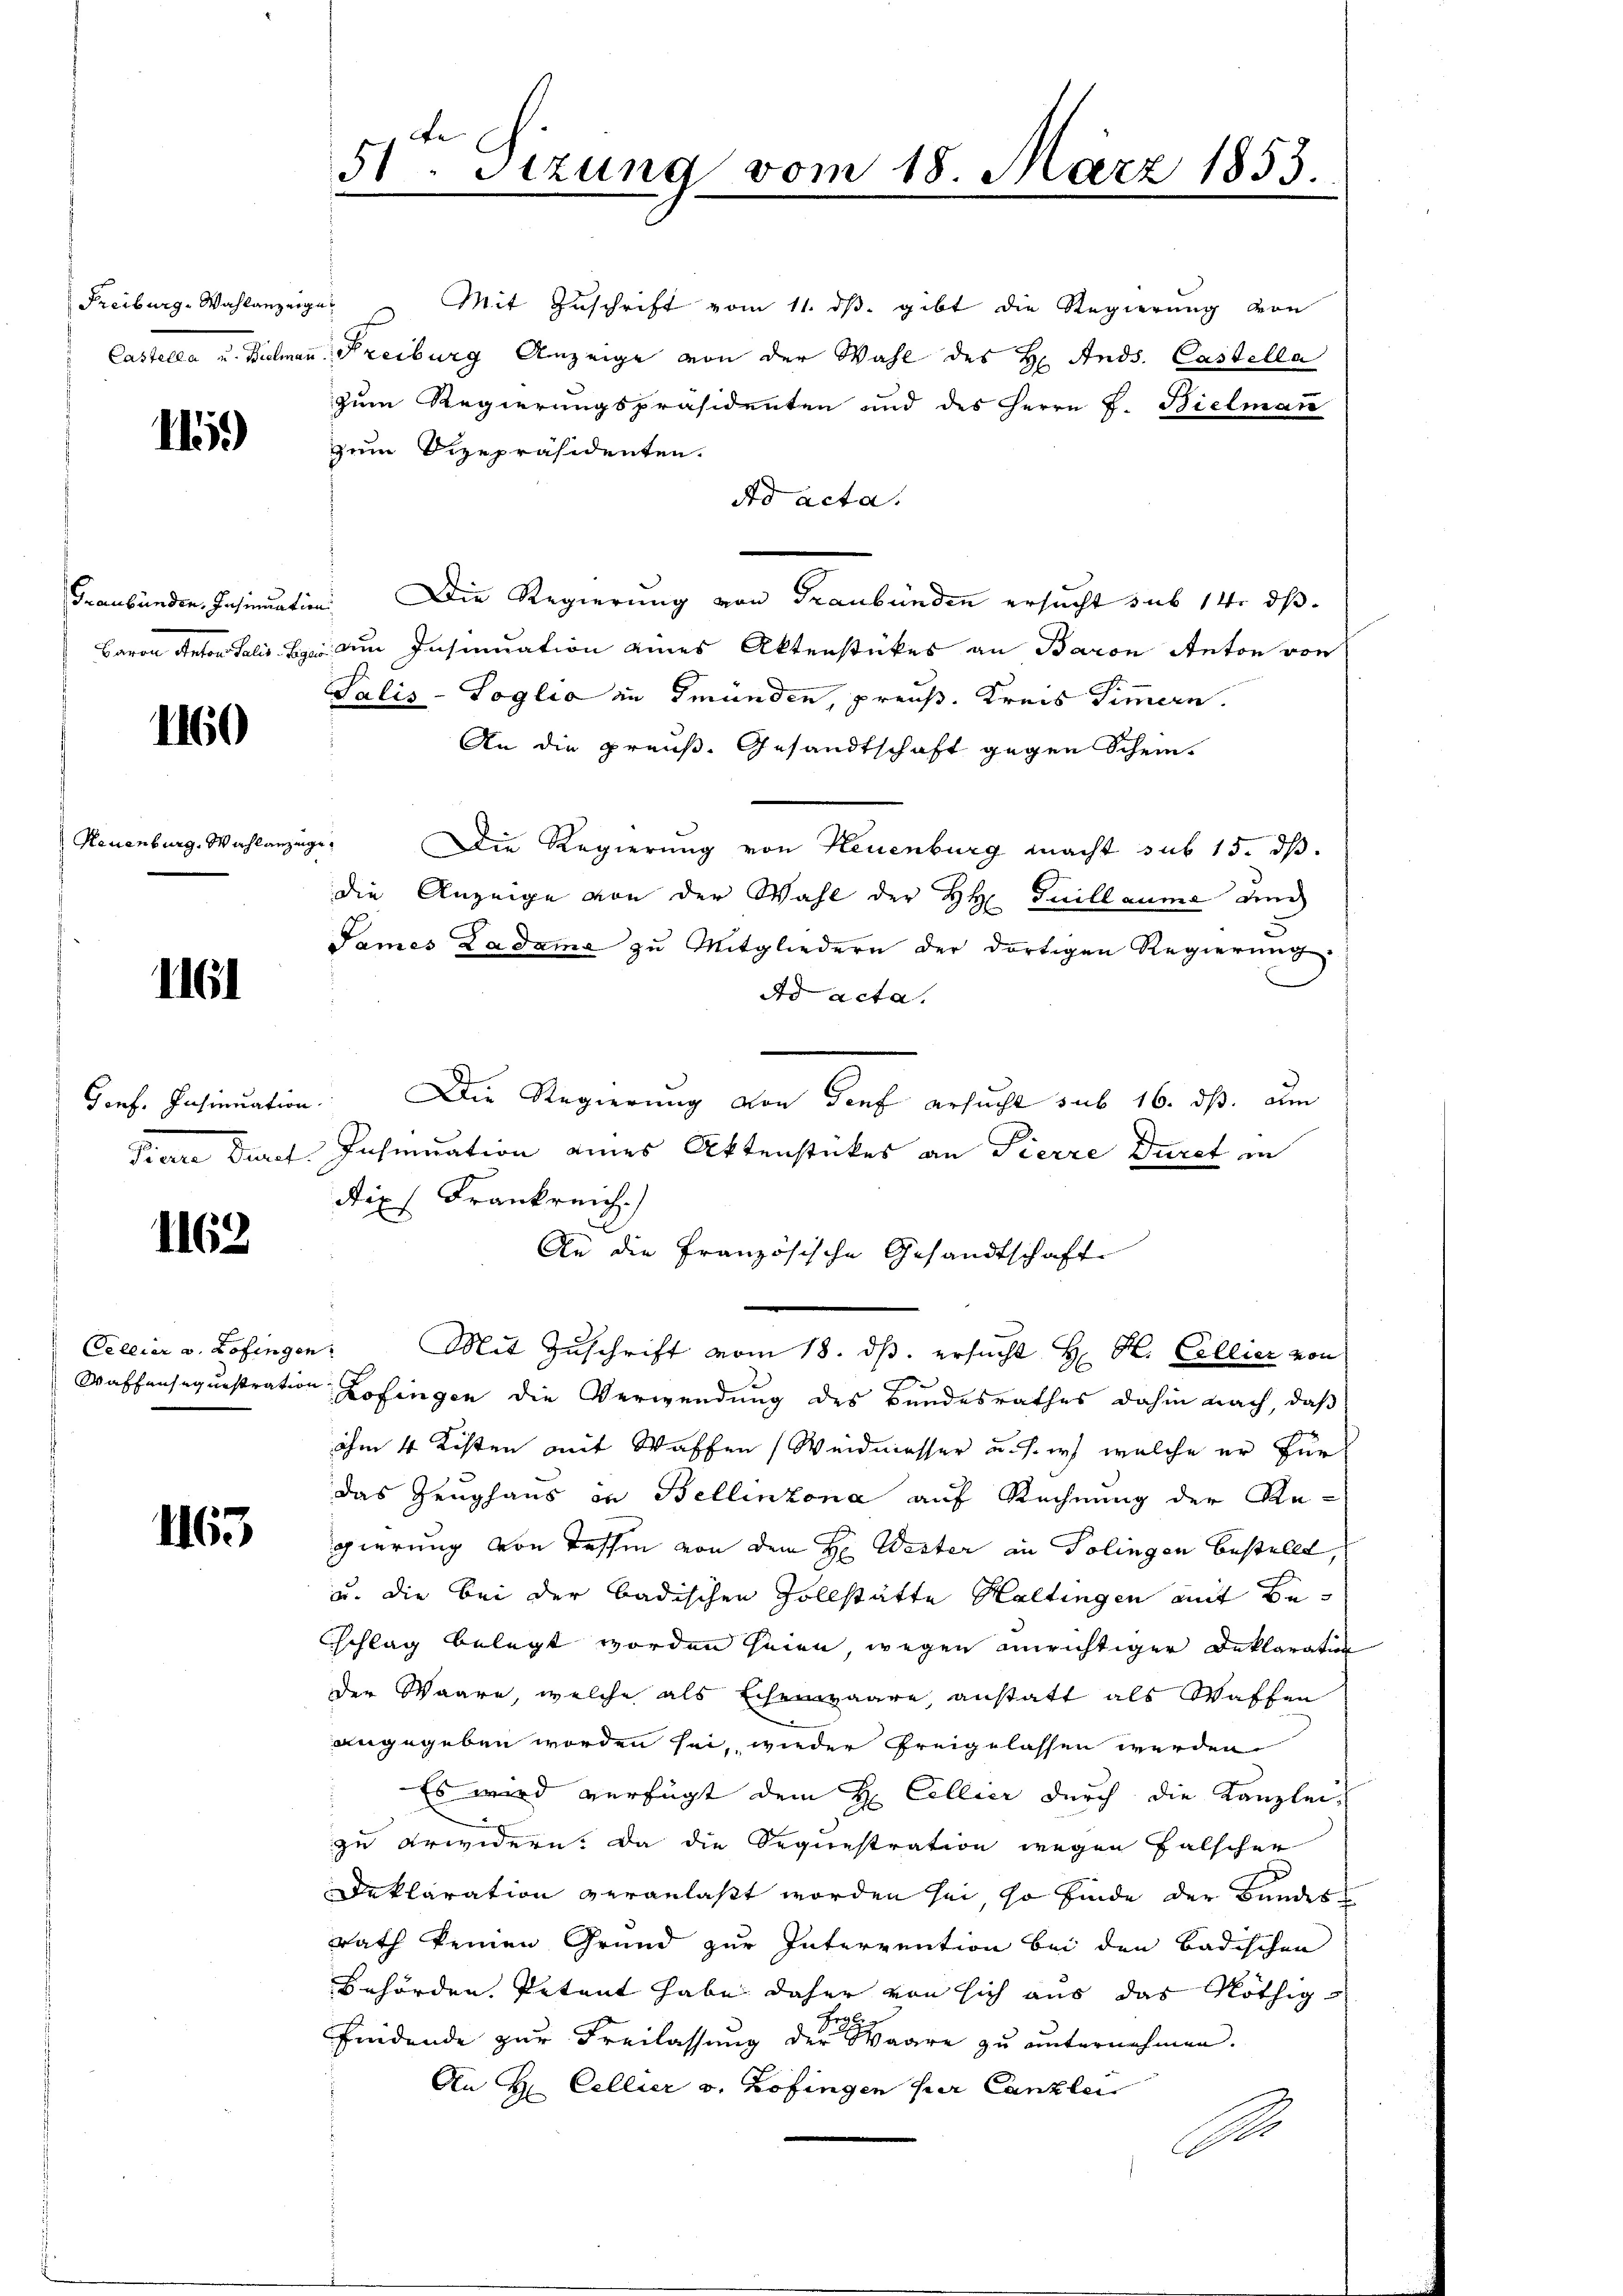
Freiburg, Wahlanzeigen

11.)

Graubünden, Insinuation

1160

Neuenburg, Wahlanzeige

1161

Gonf. Insinuation.

1162

Cellier a. Zofingen

1165

51. Sitzung vom 18. März 1853.

Mit Zuschrift vom 11. ds. gibt die Regierung von
Castella u. Bielmann Freiburg Anzeige von der Wahl des H. Ands. Castella
zum Regierungspräsidenten und des Herrn J. Bielman
zum Vizepräsidenten.
Ad acta.
Die Regierung von Graubünden ersucht sub 14. dβ
Baron Anton Salis Bei den Insinuation eines Aktenstückes an Baron Anton von
Salis-Soglia in Gmünden, preuß. Kreis Simmern.
An die preuß. Gesandtschaft gegen Schein¬
Die Regierung von Neuenburg macht sub 15. ds.
die Anzeige von der Wahl der HH. Guillauma und
Pames Ladame zu Mitgliedern der dortigen Regierung
Ad acta.
8
Die Regierung von Genf ersucht sub 16. ds. um
Pierre Duref. Insinuation eines Aktenstückes an Pierre Durch in
Diph Frankreich.)
An die Französische Gesandtschaft
Mit Zuschrift vom 18. ds. ersucht H. H. Collier von
Waffensequestration Zofingen die Verwendung des Bundesrathes dahin nach, daß
ihm 4 Kisten mit Waffen (Weidmasser u. s. in welche er für
das Zeughaus in Bellinzona auf Rechnung der Regierung von Tessin von dem H. Wester an Polingen bestellt,
u. die bei der badischen Zollstätte Haltingen mit Beschlag belegt worden seien, wegen einrichtiger Deklarat
Der Waare, welche als Eisenpaare, anstatt als Waffen
angegeben worden sei, wieder freigelassen werden
Es wird verfügt dem H Collier durch die Kanzlei-
zu erwidern. Da die Sequestration wegen falscher
Deklaration veranlaßt worden sei, so finde der Bandes
rath keinen Grund zur Interrention bei den badischen
behörden Petent habe daher von sich aus das Nöthig
Frg
findende zur Freilassung der Waare zu unternehmen.
An H Cellier v. Zofingen per Canzlei
B